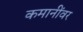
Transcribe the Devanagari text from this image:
कमानींवर